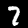
Label: 7